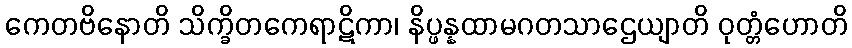
ကေတဗိနောတိ သိက္ခိတကေရာဋိကာ၊ နိပ္ဖန္နထာမဂတသာဌေယျာတိ ဝုတ္တံဟောတိ